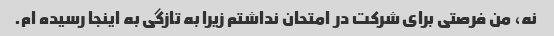
نه، من فرصتی برای شرکت در امتحان نداشتم زیرا به تازگی به اینجا رسیده ام.